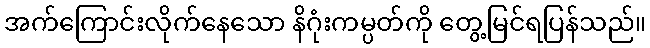
အက်ကြောင်းလိုက်နေသော နိဂုံးကမ္ပတ်ကို တွေ့မြင်ရပြန်သည်။